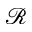
\mathcal { R }